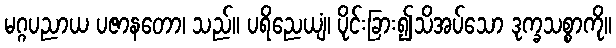
မဂ္ဂပညာယ ပဇာနတော၊ သည်။ ပရိညေယျံ၊ ပိုင်းခြား၍သိအပ်သော ဒုက္ခသစ္စာကို။